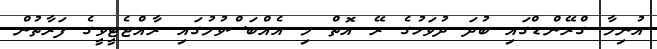
އުނިމާ ގްރޭންޑްގައި ބުދަ ދުވަހުގެ ރޭ އޮތް މި އެއްބަސްވުމުގައި ރާއްޖެޓީވީގެ ފަރާތުން